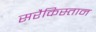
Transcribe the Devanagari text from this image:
सरैकिस्तान